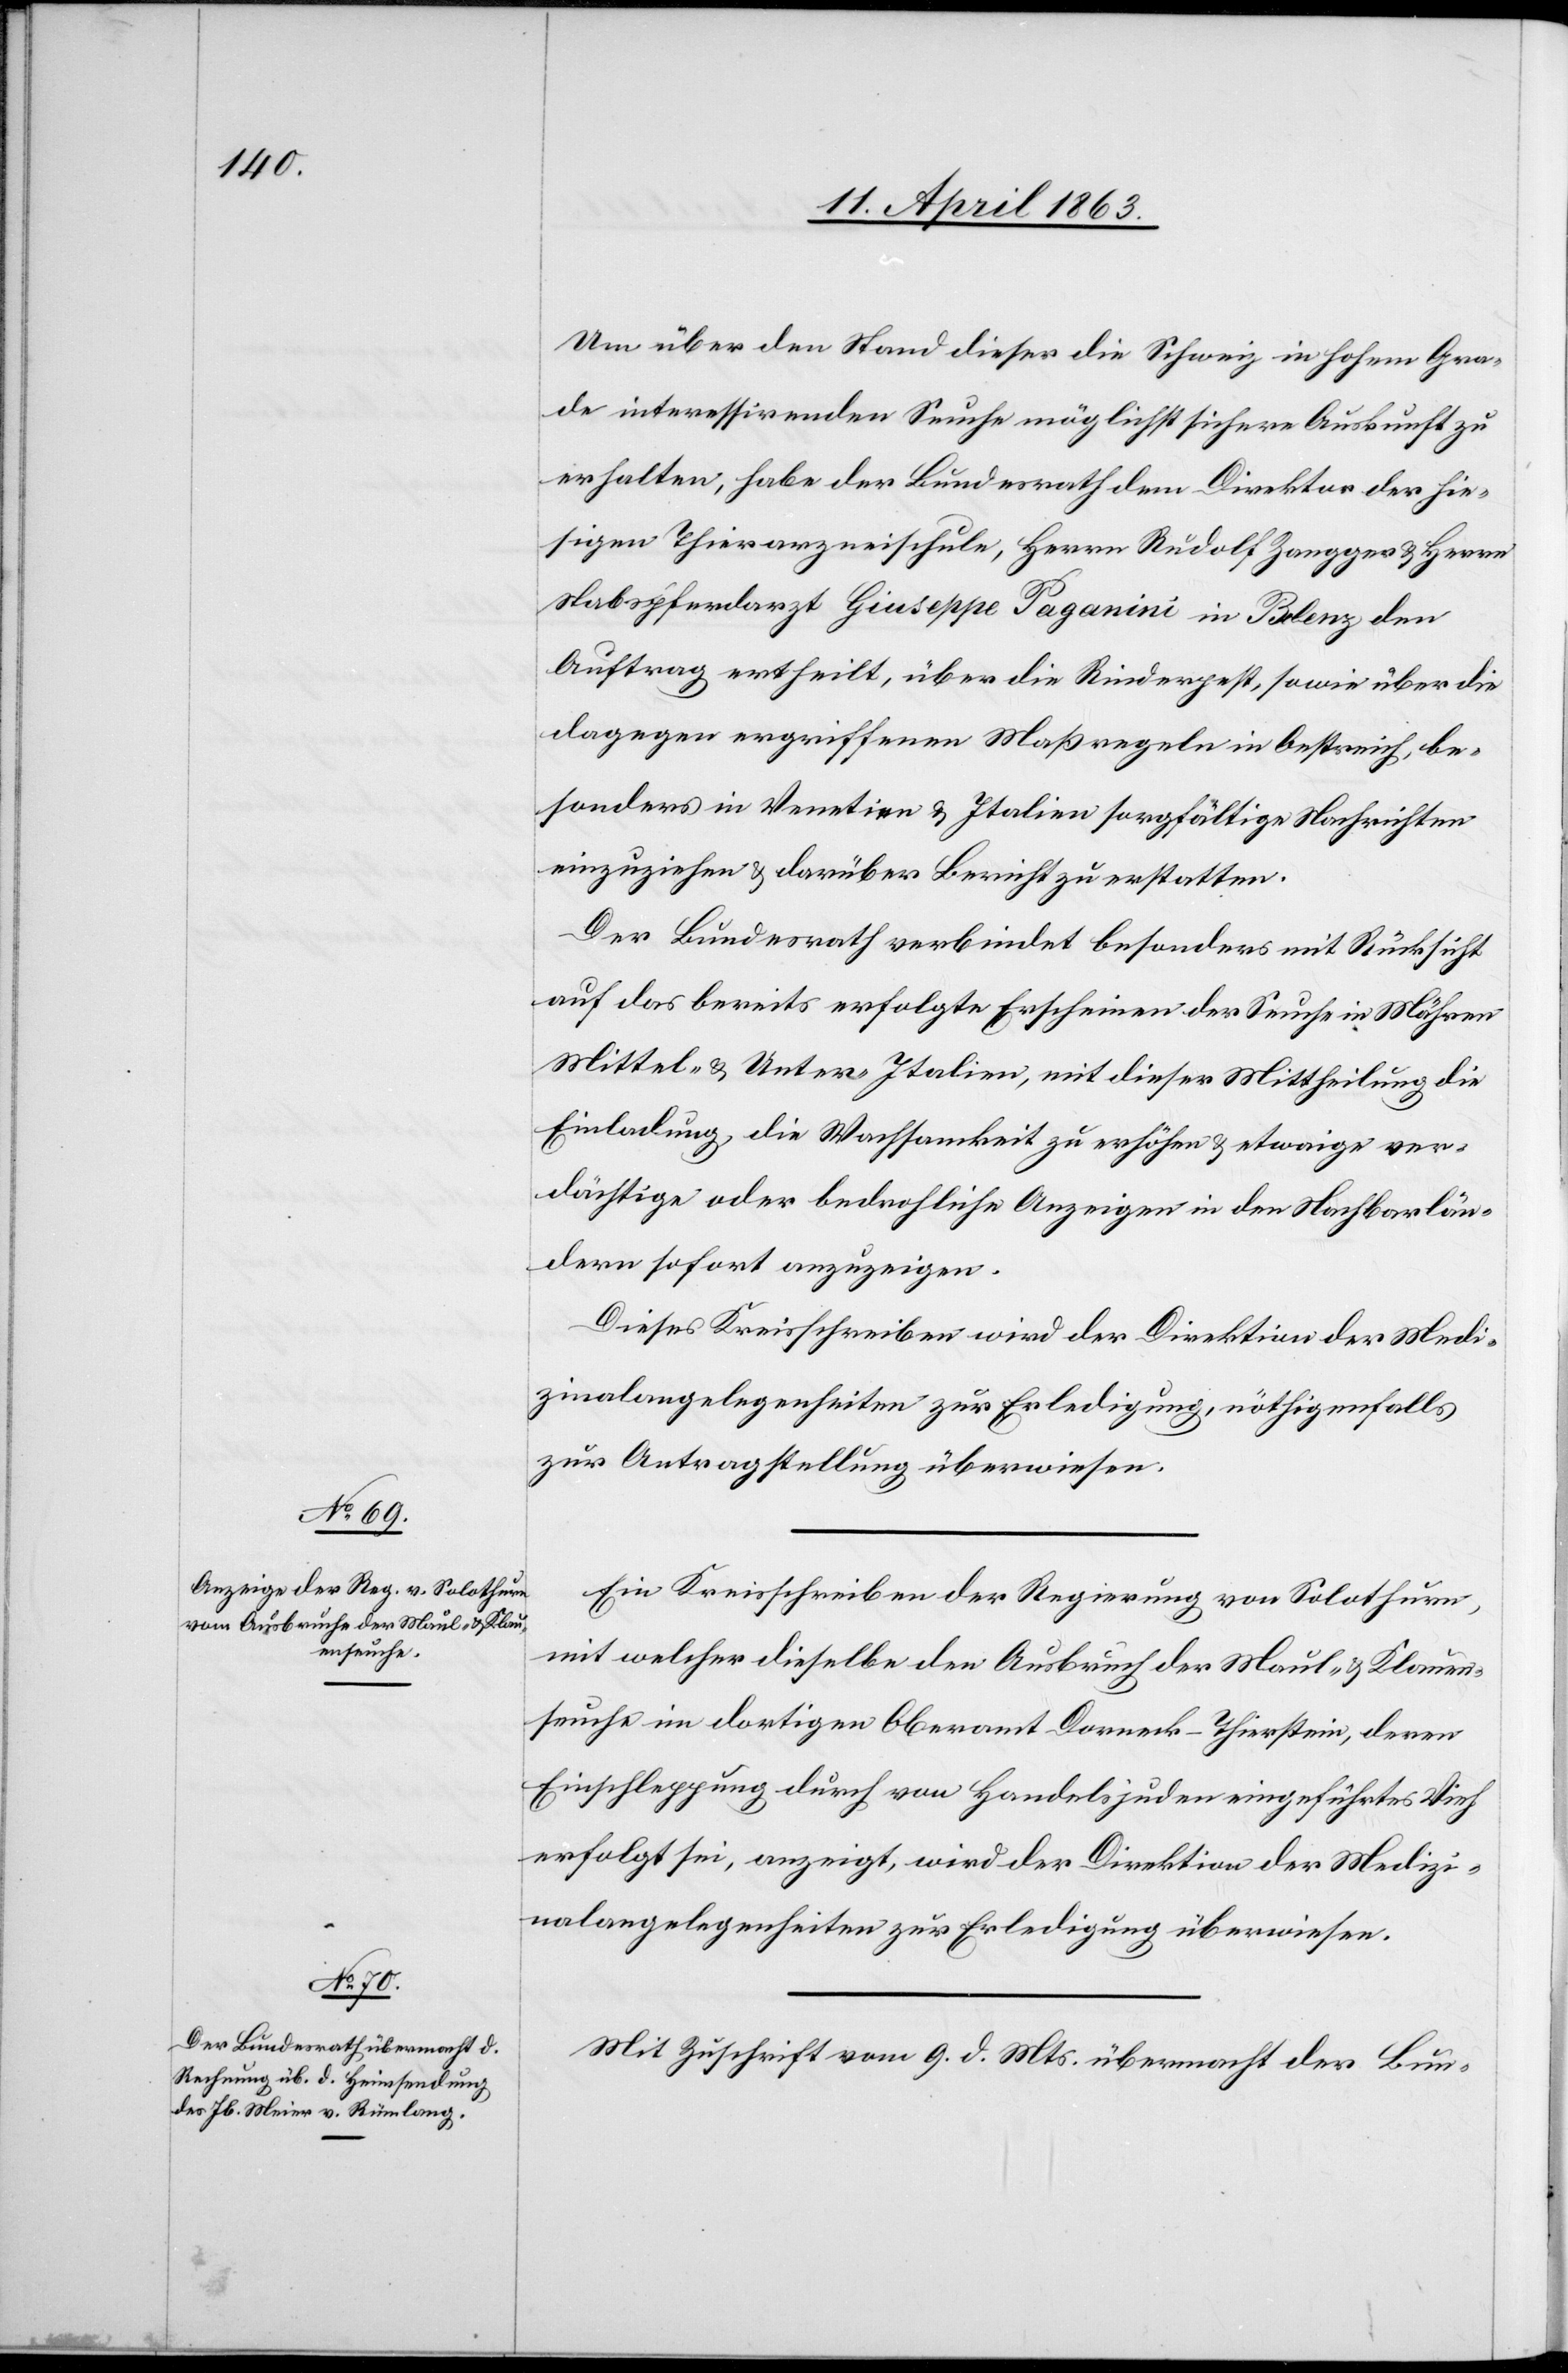
13. April 1863.]
Um über den Stand dieser die Schweiz in hohem Gra¬
de interessirenden Seuche möglichst sichere Auskunft zu
erhalten, habe der Bundesrath dem Direktor der hie¬
sigen Thierarzneischule, Herrn Rudolf Zangger & Herrn
Stabspferdarzt Giuseppe Paganini in Belenz den
Auftrag ertheilt, über die Rinderpest, sowie über die
dagegen ergriffenen Maßregeln in Oestreich, be¬
sonders in Venetien & Italien sorgfältige Nachrichten
einzuziehen & darüber Bericht zu erstatten.
Der Bundesrath verbindet besonders mit Rücksicht
auf das bereits erfolgte Erscheinen der Seuche in Mähren[,]
Mittel- & Unter-Italien, mit dieser Mittheilung die
Einladung, die Wachsamkeit zu erhöhen & etwaige ver¬
dächtige oder bedrohliche Anzeigen in den Nachbarlän¬
dern sofort anzuzeigen.
Dieses Kreisschreiben wird der Direktion der Medi¬
zinalangelegenheiten zur Erledigung, nöthigenfalls
zur Antragstellung überwiesen.
Ein Kreisschreiben der Regierung von Solothurn,
mit welcher dieselbe den Ausbruch der Maul- & Klauen¬
seuche im dortigen Oberamt Dorneck-Thierstein, deren
Einschleppung durch von Handelsjuden eingeführtes Vieh
erfolgt sei, anzeigt, wird der Direktion der Medizi¬
nalangelegenheiten zur Erledigung überwiesen.
Mit Zuschrift vom 9. d. Mts. übermacht der Bun-